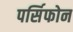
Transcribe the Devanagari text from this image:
पर्सिफोन